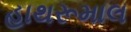
હાથરૂમાલ